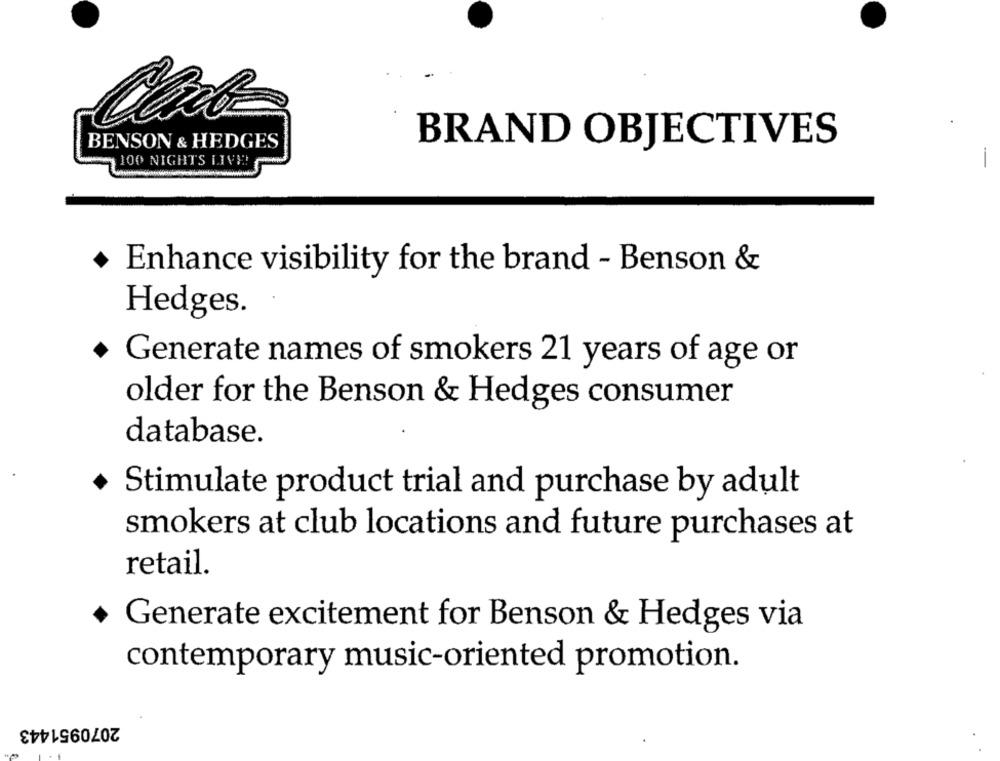
BENSON & HEDGES
BRAND OBJECTIVES
-
100 NIGHTS LIVE!
Enhance visibility for the brand - Benson &
Hedges.
Generate names of smokers 21 years of age or
older for the Benson & Hedges consumer
database.
Stimulate product trial and purchase by adult
smokers at club locations and future purchases at
retail.
Generate excitement for Benson & Hedges via
contemporary music-oriented promotion.
2070951443